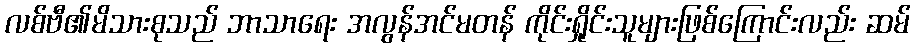
လစ်ဗီ၏မိသားစုသည် ဘာသာရေး အလွန်အင်မတန် ကိုင်းရှိုင်းသူများဖြစ်ကြောင်းလည်း ဆမ်